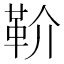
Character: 𩉡